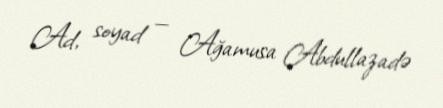
Ad, soyad — Ağamusa Abdullazadə